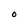
Character: O